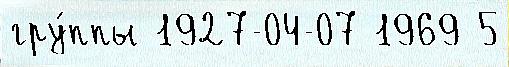
гру́ппы 1927-04-07 1969 5